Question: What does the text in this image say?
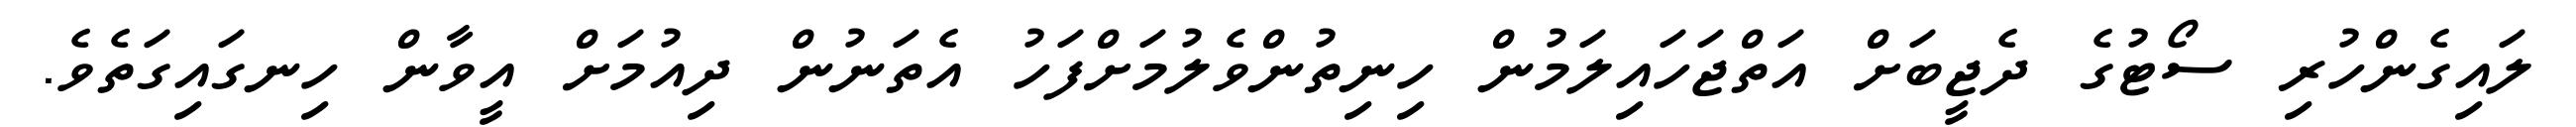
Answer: ލައިގެންހުރި ސޯޓުގެ ދެޖީބަށް އަތްޖަހައިލަމުން ހިނިތުންވެލުމަށްފަހު އެތަނުން ދިއުމަށް އީވާން ހިނގައިގަތެވެ.